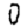
Digit: 0